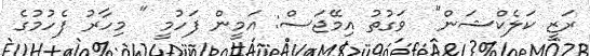
ރަޒީ ކަލެކްޝަން"  ވަގުތު އިމޭޖަސް: އަމީން ފަހުމީ " މިހާރު ފެހުމުގެ